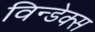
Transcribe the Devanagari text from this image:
विन्डेक्स